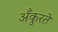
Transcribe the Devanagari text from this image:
अँकुरते